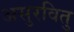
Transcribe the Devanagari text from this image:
असुरवितु